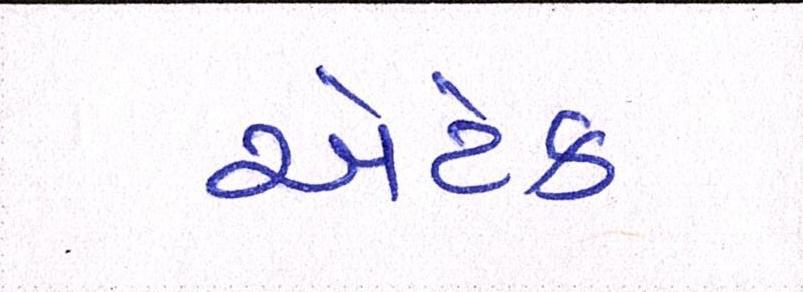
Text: એટેક